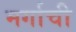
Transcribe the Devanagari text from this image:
मर्गाची